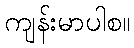
ကျန်းမာပါစ။